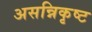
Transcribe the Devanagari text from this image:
असन्निकृष्ट